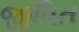
જીવિત